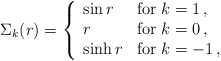
\begin{align*}\Sigma_k(r) = \left\{ \begin{array}{ll}\sin r & \mbox{for $k=1$}\,, \\r & \mbox{for $k=0$}\,, \\\sinh r & \mbox{for $k=-1$}\,, \end{array} \right.\end{align*}